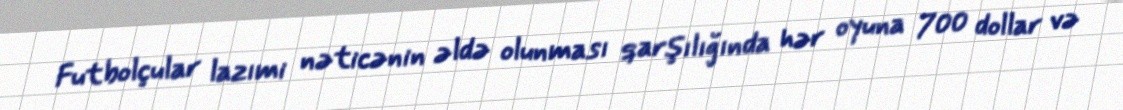
Futbolçular lazımi nəticənin əldə olunması qarşılığında hər oyuna 700 dollar və